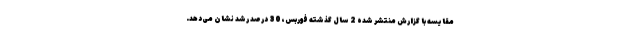
مقایسه با گزارش منتشر شده 2 سال گذشته فوربس، 30 درصد رشد نشان می‌دهد.